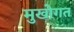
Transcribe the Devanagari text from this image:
मुखोगत